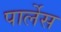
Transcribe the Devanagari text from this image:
पार्लेस